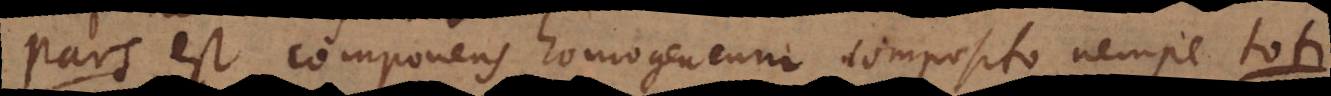
s est componens homogeneum composito nempe t